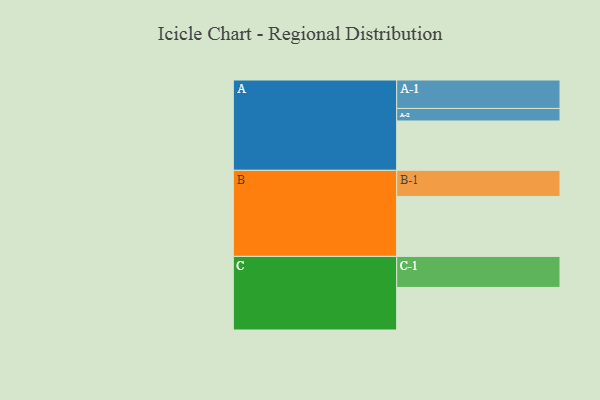
{"axis": {"x": "Segment", "y": "Value"}, "legend": ["", "A", "B", "C"], "data": [{"x": "A", "y": 472, "type": ""}, {"x": "B", "y": 573, "type": ""}, {"x": "C", "y": 407, "type": ""}, {"x": "A-1", "y": 272, "type": "A"}, {"x": "A-2", "y": 120, "type": "A"}, {"x": "B-1", "y": 250, "type": "B"}, {"x": "C-1", "y": 297, "type": "C"}]}